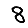
Digit: 8